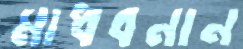
মাধবনান